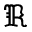
\Re